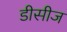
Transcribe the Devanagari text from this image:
डीसीज